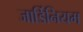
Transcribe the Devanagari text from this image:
जार्डिनियम